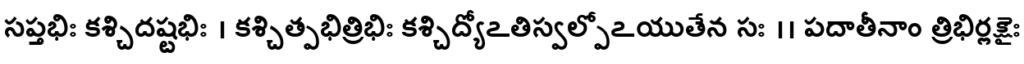
సప్తభిః కశ్చిదష్టభిః । కశ్చిత్పభిత్రిభిః కశ్చిద్యోఽతిస్వల్పోఽయుతేన సః ।। పదాతీనాం త్రిభిర్లక్షైః